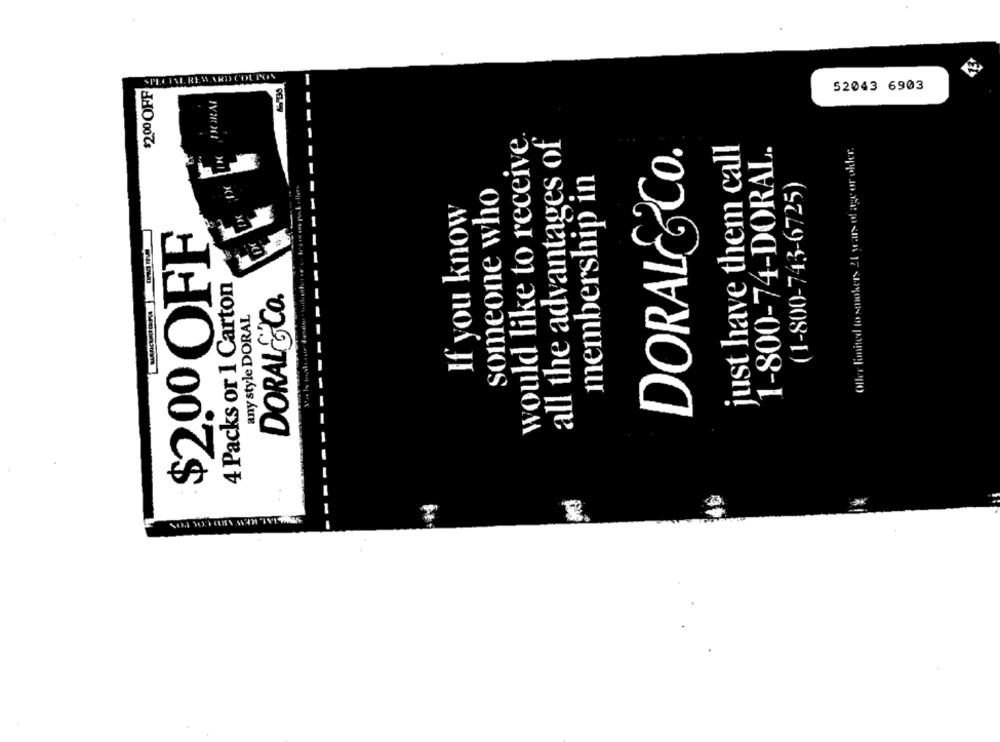
-
SPECIAL REWARD COUPON
$2.00 OFF
52043 6903
would like to receive
all the advantages of
DORALE&CO.
just have them call
1-800-74-DORAL.
Offer limited to smokers 21 years of age or older.
membership in
(1-800-743-6725)
someone who
If you know
$2.00 OFF
4 Packs or 1 Carton
DORAL& Co.
any style DORAL